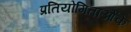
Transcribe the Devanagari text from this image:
प्रतियोगिताओंके